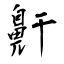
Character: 鼾